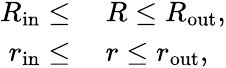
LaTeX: \begin{array}{rl}{R_{\mathrm{in}}\leq}&{{}\ R\leq R_{\mathrm{out}},}\\ {r_{\mathrm{in}}\leq}&{{}\ r\leq r_{\mathrm{out}},}\end{array}